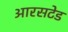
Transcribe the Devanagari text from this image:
आरसटेड